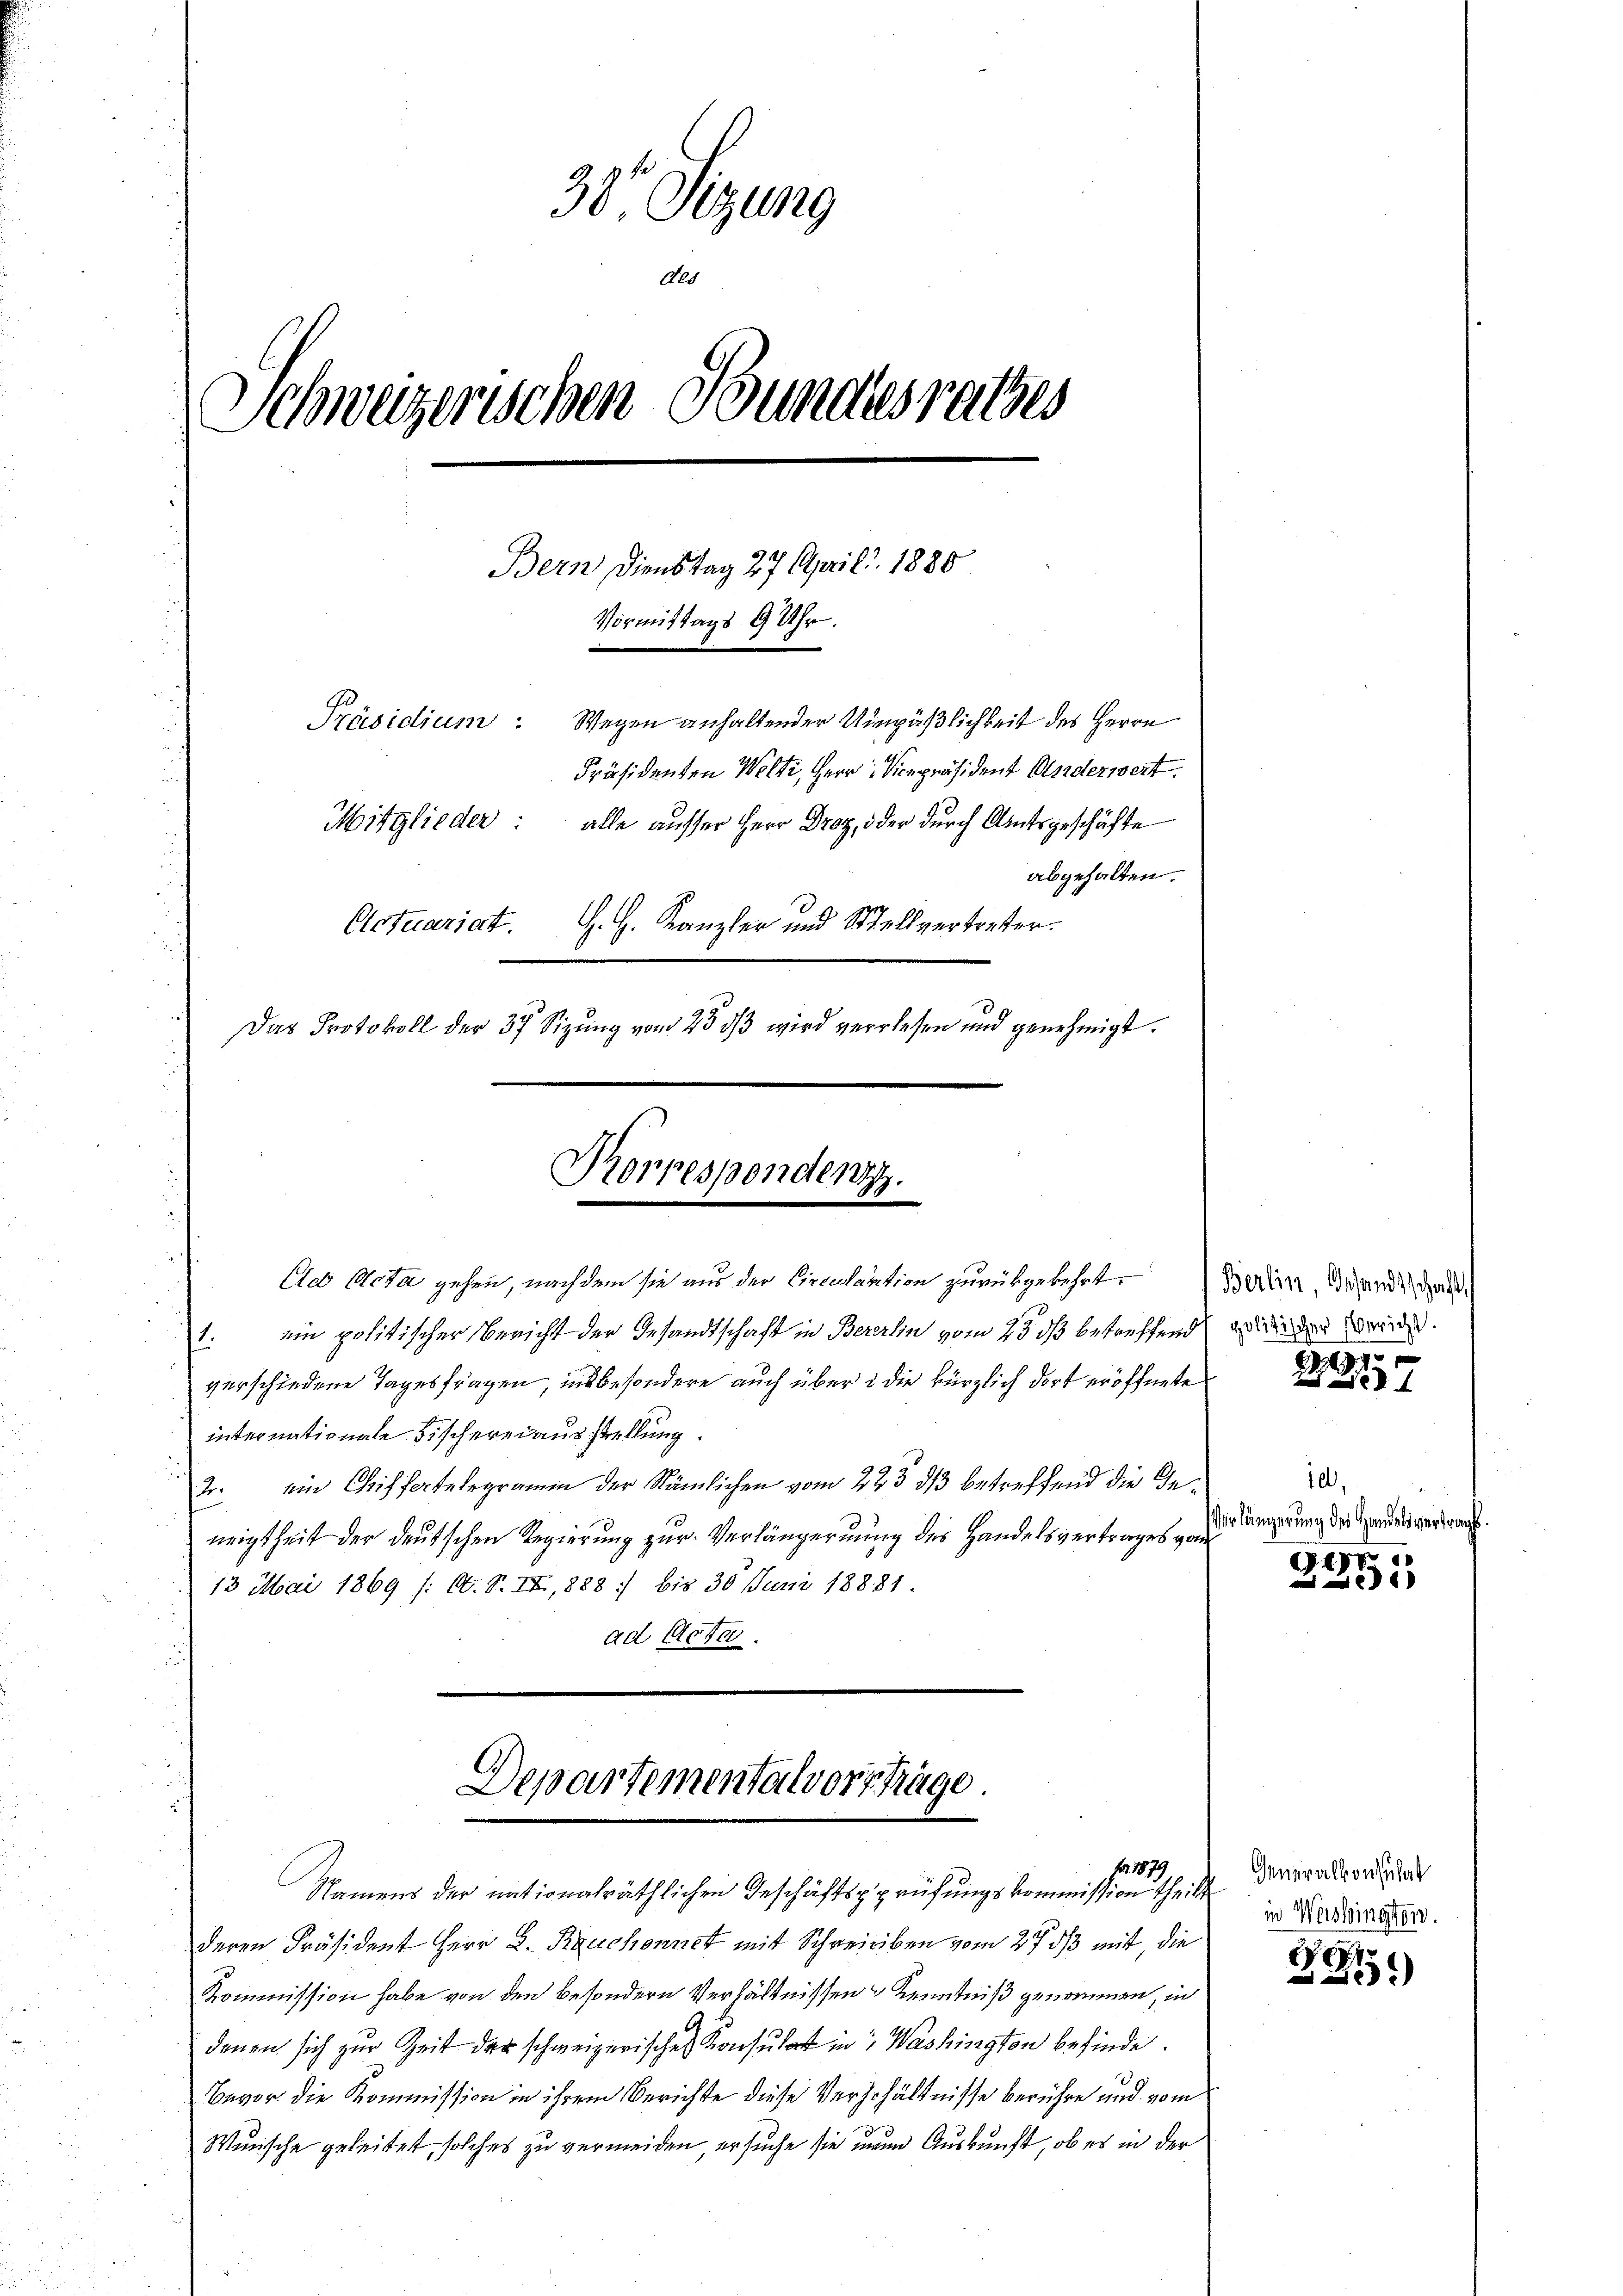
38. Sitzung
des
Schweizerischen Bundesrathes
Bern, dienstag 27. April 1888
Vormittags 9 Uhr.
Präsidium. Wegen anhaltender Umpäßlichkeit des Herrn
Präsidenten Welti, Herr Vicepräsident Andersezt.
Mitglieder: alle ausser Herr Droz, oder durch Amtsgeschäfte
abgehalten.
H. H. Kanzler und Stellvertreter.
Actuariat.
Das Protokoll der 37 Sizung vom 25 3/3 wird verlesen und genehmigt.

Korrespenden.
Cob Acta gehen, nachdem sie aus der Circulation zurükgekehrt. Baden, Siehendesand

1. ein politischer Bericht der Gesandtschaft in Berlin vom 23. ds betreffend die der Bericht.
verschiedene Tagesfragen, insbesondere auch über die kürzlich dort eröffnete
internationale Fischereiausstellung.
2. ein Chiffertelegramm der Stämlichen vom 223. ds betreffend die Geneigtheit der deutschen Regierung zur Verlängernung des Handelsvertrages gan
13 Mai 1869 /: O. S. II, 1888 bis 30 Juni 18881.
ad Acten.
Departementalvorschräge
No. 1879.
Namens der nationalräthlichen Geschäftspprüfungskommission theilt
deren Präsident Herr D. Rauchonnet mit Schreiben vom 27. ds mit, die
Kommission habe von den besondern Verhältnissen Kenntniß genommen, in
denen sich zur Zeit der schweizerischen Konsulat in Washington befinde.
Bevor die Kommission in ihrem Berichte diese Verschältnisse berühre und vom
Winsche geleitet, solches zu vermeiden, ersuche sie und Auskunft, ob es in der

.194
2 De

10,
Verlängerung des Handelsvertragt.

198

Generalkonsulat
in Weishington.

Ct.
e
5.)